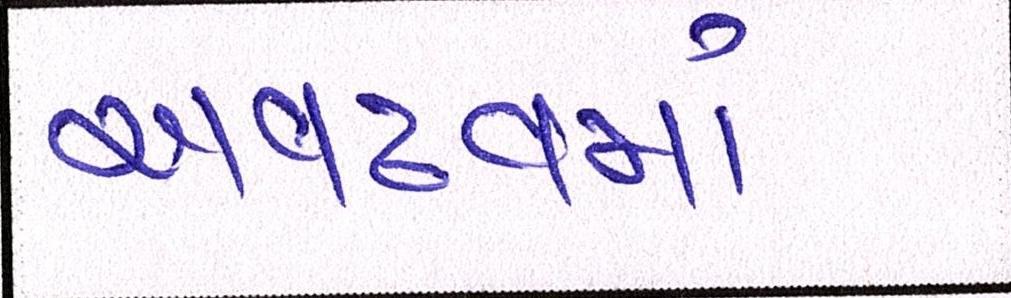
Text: અવઢવમાં